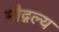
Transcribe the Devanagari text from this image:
मौद्गल्य